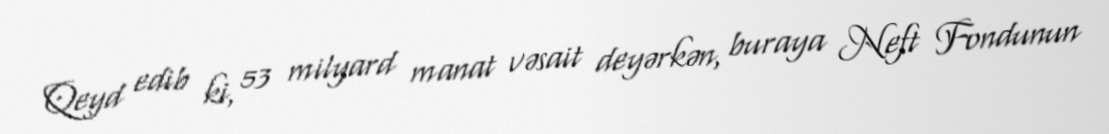
Qeyd edib ki, 53 milyard manat vəsait deyərkən, buraya Neft Fondunun